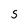
Character: s